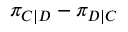
\pi _ { C | D } - \pi _ { D | C }